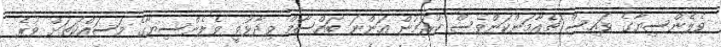
ވެލެންސިޔާގެ ވައިސް ޗެއާމަންކަންވެސް ކުރަމުން އަންނަ ބައްސާމް ވިދާޅުވީ ވެލެންސިޔާގެ މަސައްކަތަށް ވުރެ